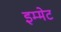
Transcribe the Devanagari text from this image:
इम्मेट